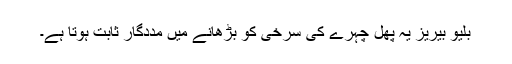
بلیو بیریز یہ پھل چہرے کی سرخی کو بڑھانے میں مددگار ثابت ہوتا ہے۔